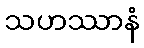
သဟဿာနံ